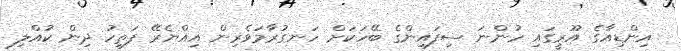
އިންޑިއާގެ އޫރީގައި ހުންނަ ސިފައިންގެ ބޭހަކަށް ހަނގުރާމަވެރިން އިއްޔެރޭ ފަތިހު ދިން ކުއްލި